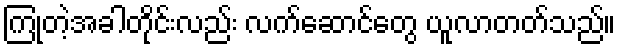
ကြုံတဲ့အခါတိုင်းလည်း လက်ဆောင်တွေ ယူလာတတ်သည်။